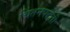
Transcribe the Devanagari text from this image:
चिंतनपद्धती